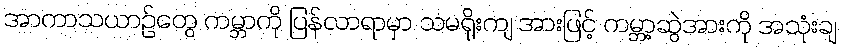
အာကာသယာဉ်တွေ ကမ္ဘာကို ပြန်လာရာမှာ သမရိုးကျ အားဖြင့် ကမ္ဘာ့ဆွဲအားကို အသုံးချ